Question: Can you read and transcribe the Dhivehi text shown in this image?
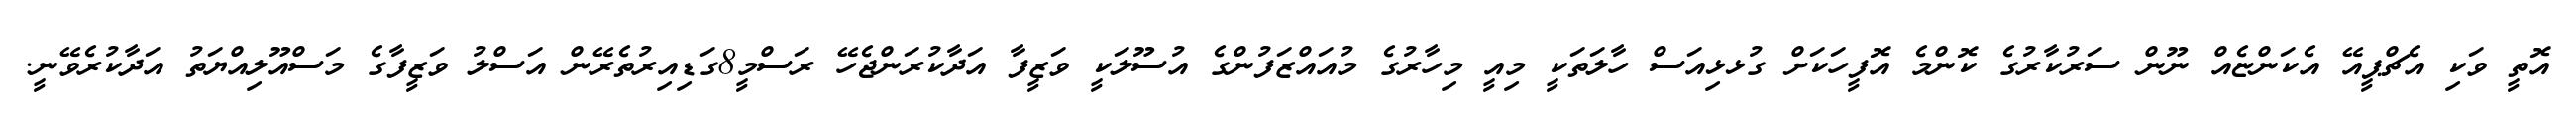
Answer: އޮތީ ވަކި އެޗްޕީއޭ އެކަންޏެއް ނޫން ސަރުކާރުގެ ކޮންމެ އޮފީހަކަށް ގުޅޅިއަސް ހާލަތަކީ މިއީ މިހާރުގެ މުއައްޒަފުންގެ އުސޫލަކީ ވަޒީފާ އަދާކުރަންޖެހޭ ރަސްމީ8ގަޑިއިރުތެރޭން އަސްލު ވަޒީފާގެ މަސްއޫލިއްޔަތު އަދާކުރެވޭނީ.